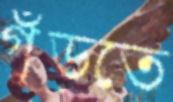
গুঁড়তে